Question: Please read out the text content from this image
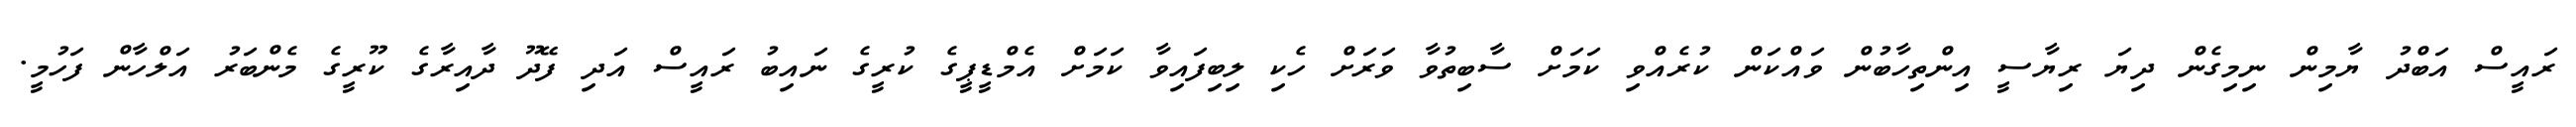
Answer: ރައީސް އަބްދު ޔާމިން ނިމިގެން ދިޔަ ރިޔާސީ އިންތިހާބުން ވައްކަން ކުރެއްވި ކަމަށް ސާބިތުވާ ވަރަށް ހެކި ލިބިފައިވާ ކަމަށް އެމްޑީޕީގެ ކުރީގެ ނައިބު ރައީސް އަދި ފޭދޫ ދާއިރާގެ ކޫރީގެ މެންބަރު އަލްހާން ފަހުމީ.